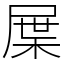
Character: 屟